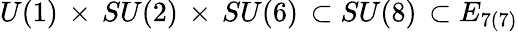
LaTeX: U(1)\, \times\, SU(2)\, \times\, SU(6)\, \subset SU(8)\, \subset E_{7(7)}